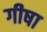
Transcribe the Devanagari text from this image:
गीषा